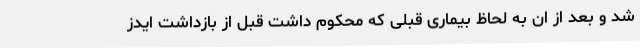
شد و بعد از ان به لحاظ بیماری قبلی که محکوم داشت قبل از بازداشت ایدز